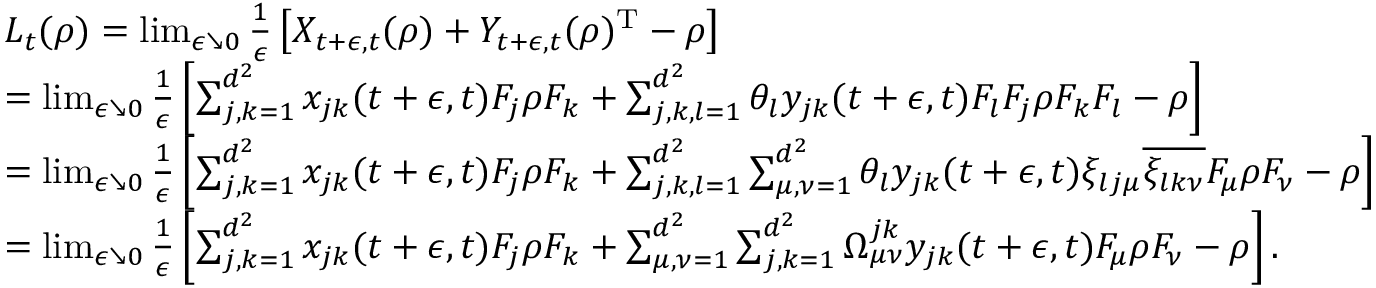
\begin{array} { r l } & { L _ { t } ( \rho ) = \operatorname* { l i m } _ { \epsilon \searrow 0 } \frac { 1 } { \epsilon } \left[ X _ { t + \epsilon , t } ( \rho ) + Y _ { t + \epsilon , t } ( \rho ) ^ { \mathrm { T } } - \rho \right] } \\ & { = \operatorname* { l i m } _ { \epsilon \searrow 0 } \frac { 1 } { \epsilon } \left[ \sum _ { j , k = 1 } ^ { d ^ { 2 } } x _ { j k } ( t + \epsilon , t ) F _ { j } \rho F _ { k } + \sum _ { j , k , l = 1 } ^ { d ^ { 2 } } \theta _ { l } y _ { j k } ( t + \epsilon , t ) F _ { l } F _ { j } \rho F _ { k } F _ { l } - \rho \right] } \\ & { = \operatorname* { l i m } _ { \epsilon \searrow 0 } \frac { 1 } { \epsilon } \left[ \sum _ { j , k = 1 } ^ { d ^ { 2 } } x _ { j k } ( t + \epsilon , t ) F _ { j } \rho F _ { k } + \sum _ { j , k , l = 1 } ^ { d ^ { 2 } } \sum _ { \mu , \nu = 1 } ^ { d ^ { 2 } } \theta _ { l } y _ { j k } ( t + \epsilon , t ) \xi _ { l j \mu } \overline { { \xi _ { l k \nu } } } F _ { \mu } \rho F _ { \nu } - \rho \right] } \\ & { = \operatorname* { l i m } _ { \epsilon \searrow 0 } \frac { 1 } { \epsilon } \left[ \sum _ { j , k = 1 } ^ { d ^ { 2 } } x _ { j k } ( t + \epsilon , t ) F _ { j } \rho F _ { k } + \sum _ { \mu , \nu = 1 } ^ { d ^ { 2 } } \sum _ { j , k = 1 } ^ { d ^ { 2 } } \Omega _ { \mu \nu } ^ { j k } y _ { j k } ( t + \epsilon , t ) F _ { \mu } \rho F _ { \nu } - \rho \right] . } \end{array}